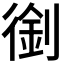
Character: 𠞾